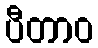
ပီတာဝ